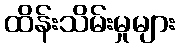
ထိန်းသိမ်းမှုများ